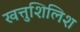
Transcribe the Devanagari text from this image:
खत्तुशिलिश